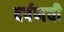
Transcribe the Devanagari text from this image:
दर्पणची